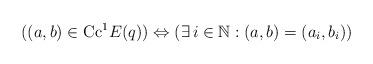
LaTeX: \begin{align*}((a, b)\in \mathrm{Cc}^{1} E(q))\Leftrightarrow (\exists \, i\in\mathbb N: (a,b)=(a_i, b_i))\end{align*}